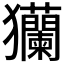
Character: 𤣢